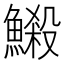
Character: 𩻈